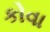
કોવા